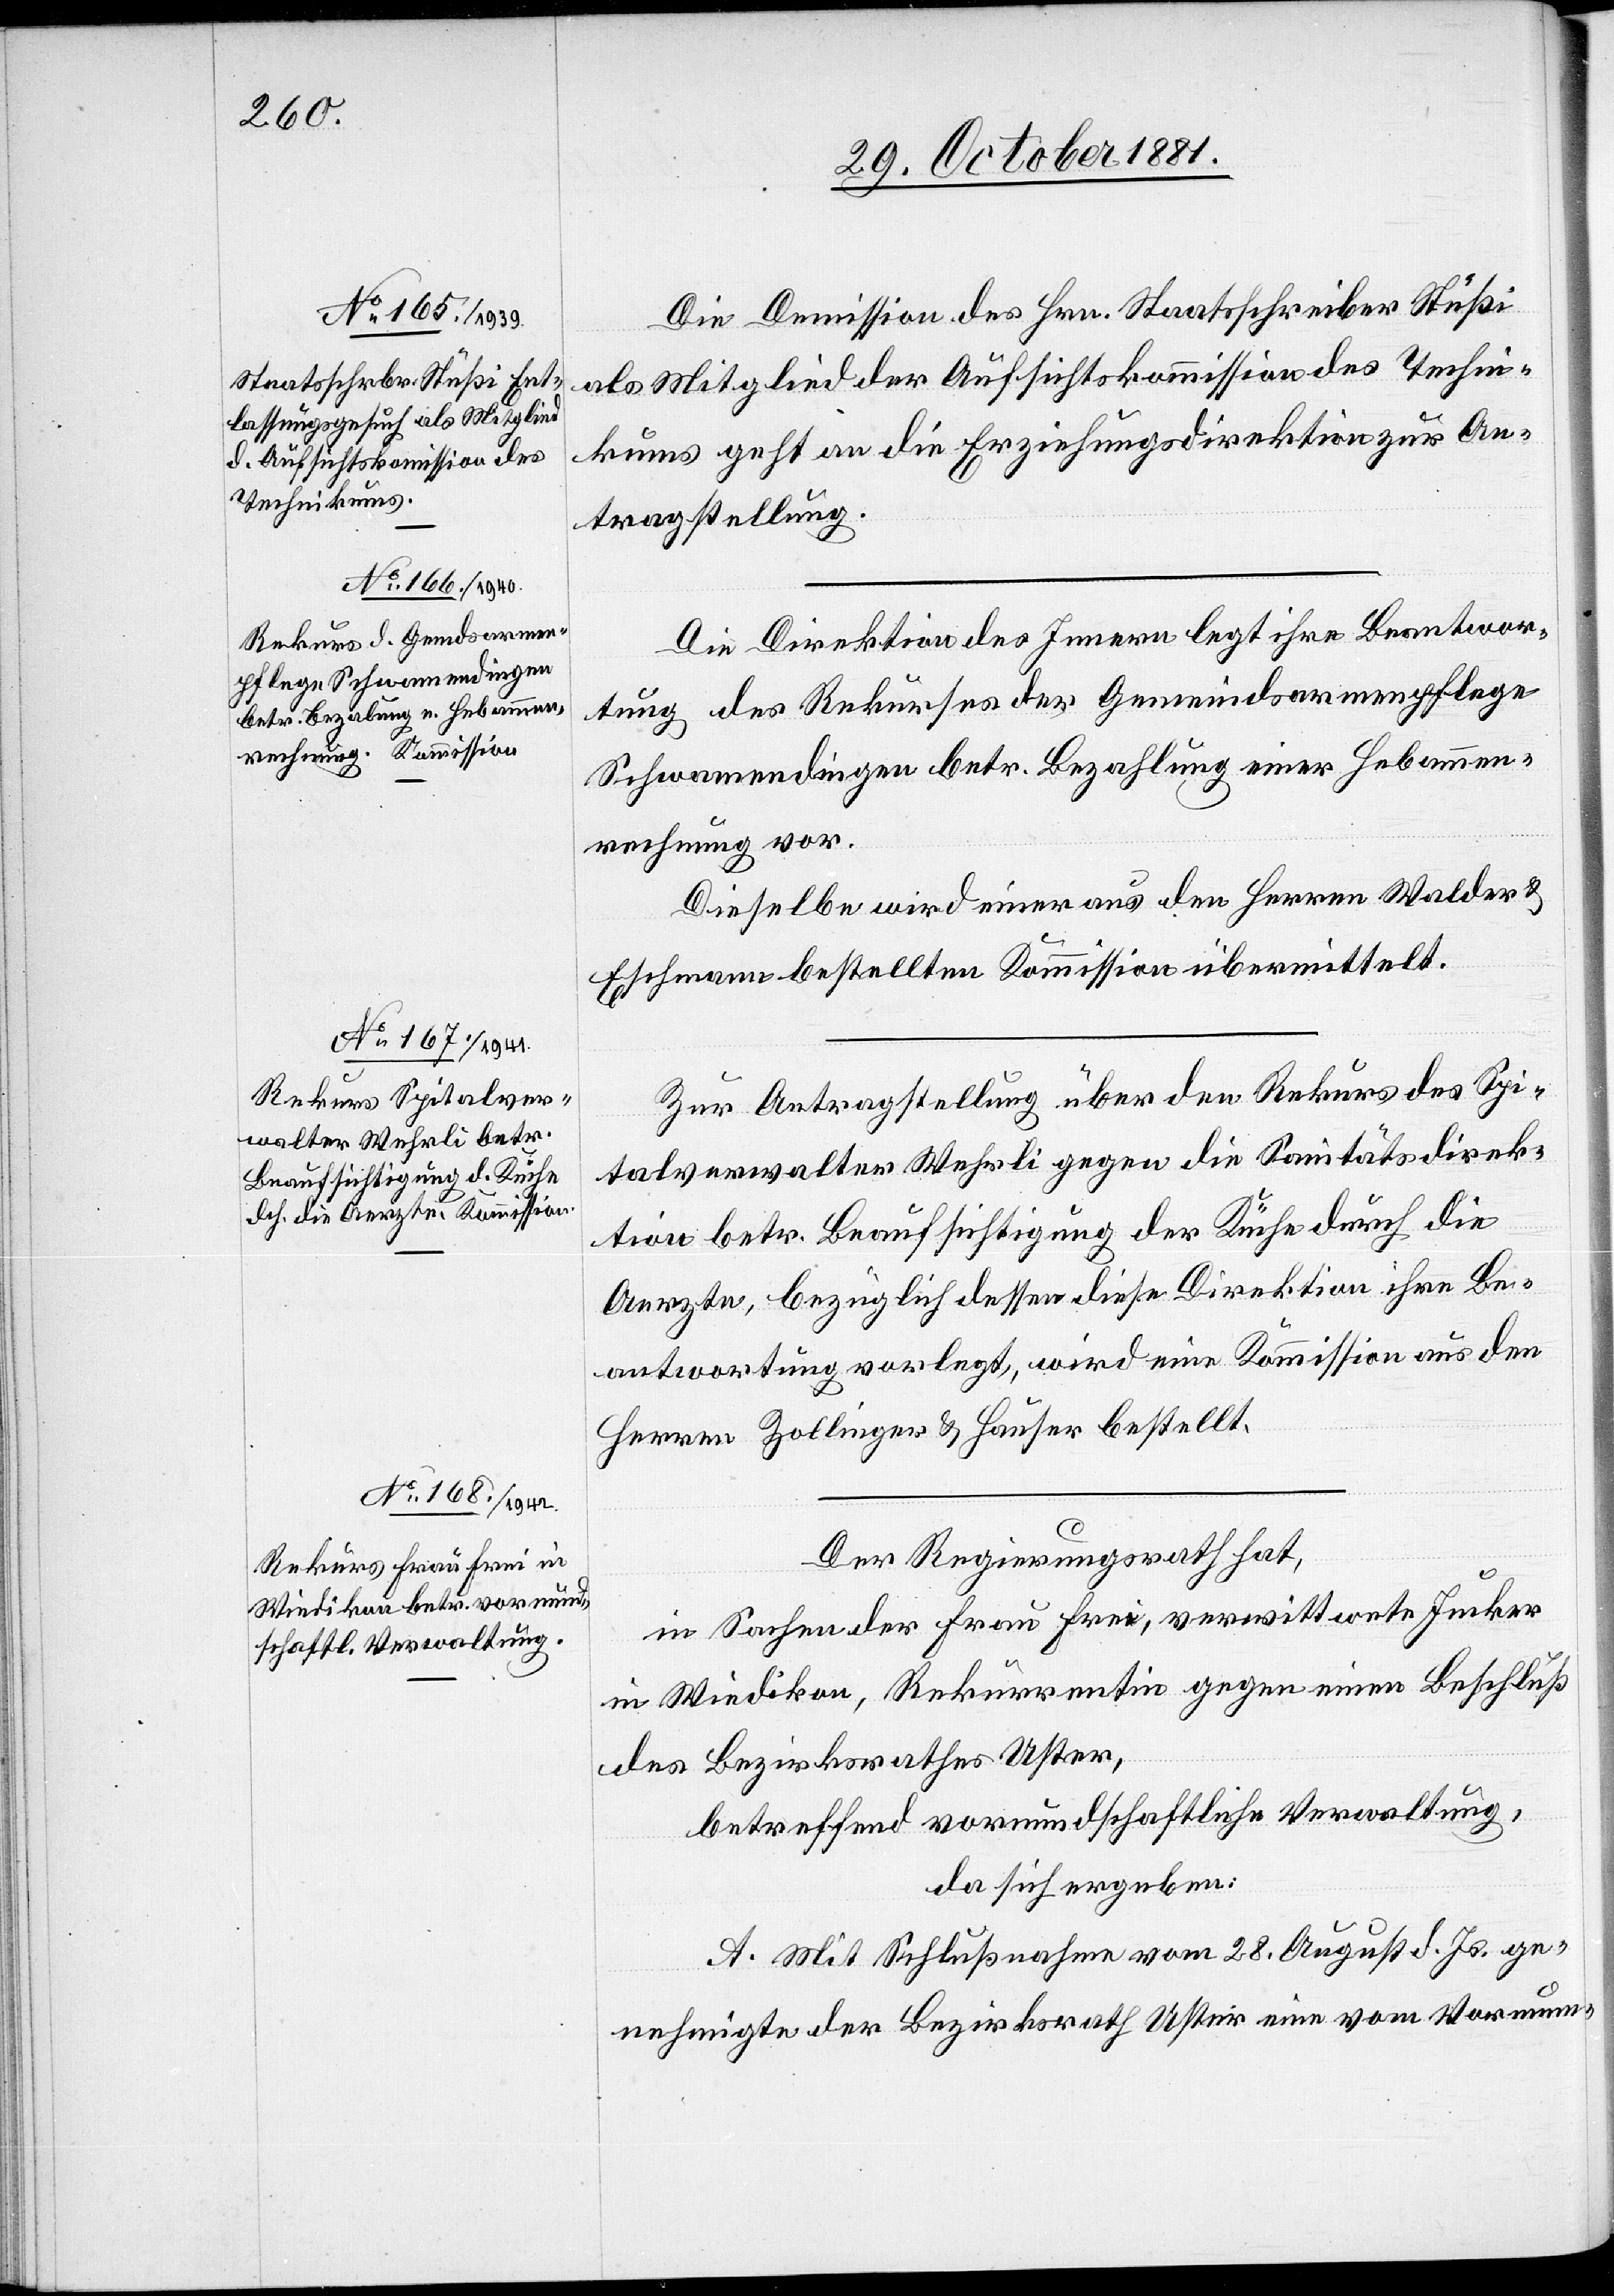
Die Demission des Hrn. Staatsschreiber Stüßi
als Mitglied der Aufsichtskommission des Techni¬
kums geht an die Erziehungsdirektion zur An¬
tragstellung.
Die Direktion des Innern legt ihre Beantwor¬
tung des Rekurses der Gemeindsarmenpflege
Schwammendingen betr. Bezahlung einer Hebammen¬
rechnung vor.
Dieselbe wird einer aus den Herren Walder &
Eschmann bestellten Kommission übermittelt.
Zur Antragstellung über den Rekurs des Spi¬
talverwalter Wehrli gegen die Sanitätsdirek¬
tion betr. Beaufsichtigung der Küche durch die
Aerzte, bezüglich dessen diese Direktion ihre Be¬
antwortung vorlegt, wird eine Kommission aus den
Herren Zollinger & Hauser bestellt.
Der Regierungsrath hat,
in Sachen der Frau Frei, verwittwete Jucker
in Wiedikon, Rekurrentin gegen einen Beschluß
des Bezirksrathes Uster,
betreffend vormundschaftliche Verwaltung,
da sich ergeben:
A. Mit Schlußnahme vom 28. August d. Js. ge¬
nehmigte der Bezirksrath Uster eine vom Vormun-